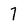
Character: 7